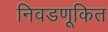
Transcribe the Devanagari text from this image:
निवडणूकित